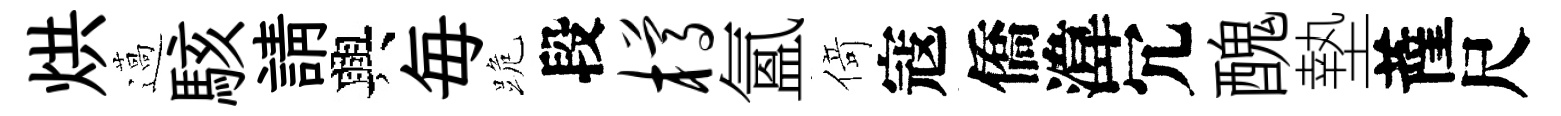
烘薖駭請興毎跪段樽氳𠋣寇僑湋冗醜墊薩尺